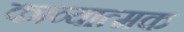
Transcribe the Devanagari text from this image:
काव्‍यात्‍मक